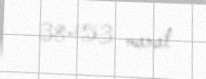
38453 manat